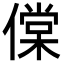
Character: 㒉